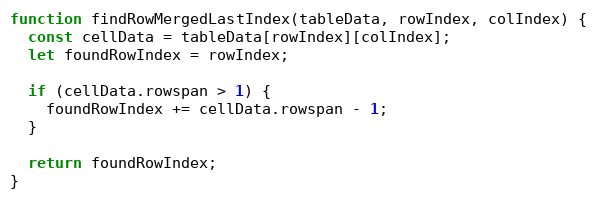
Language: JavaScript
function findRowMergedLastIndex(tableData, rowIndex, colIndex) {
  const cellData = tableData[rowIndex][colIndex];
  let foundRowIndex = rowIndex;

  if (cellData.rowspan > 1) {
    foundRowIndex += cellData.rowspan - 1;
  }

  return foundRowIndex;
}